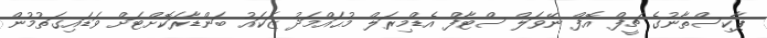
ޕާކިސްތާނުގެ ޗީފް އޮފް ނޭވަލް ސްޓާފް އެޑްމިރަލް މުޙައްމަދު ޒަކައު ބަންޑާރަކޮށްޓަށް ވަޑައިގަތުމުން